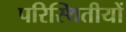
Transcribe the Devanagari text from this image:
परिस्थितीयों